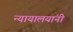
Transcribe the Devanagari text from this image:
न्यायालयांनी